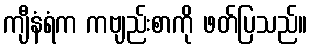
ကျီနံရံက ကဗျည်းစာကို ဖတ်ပြသည်။